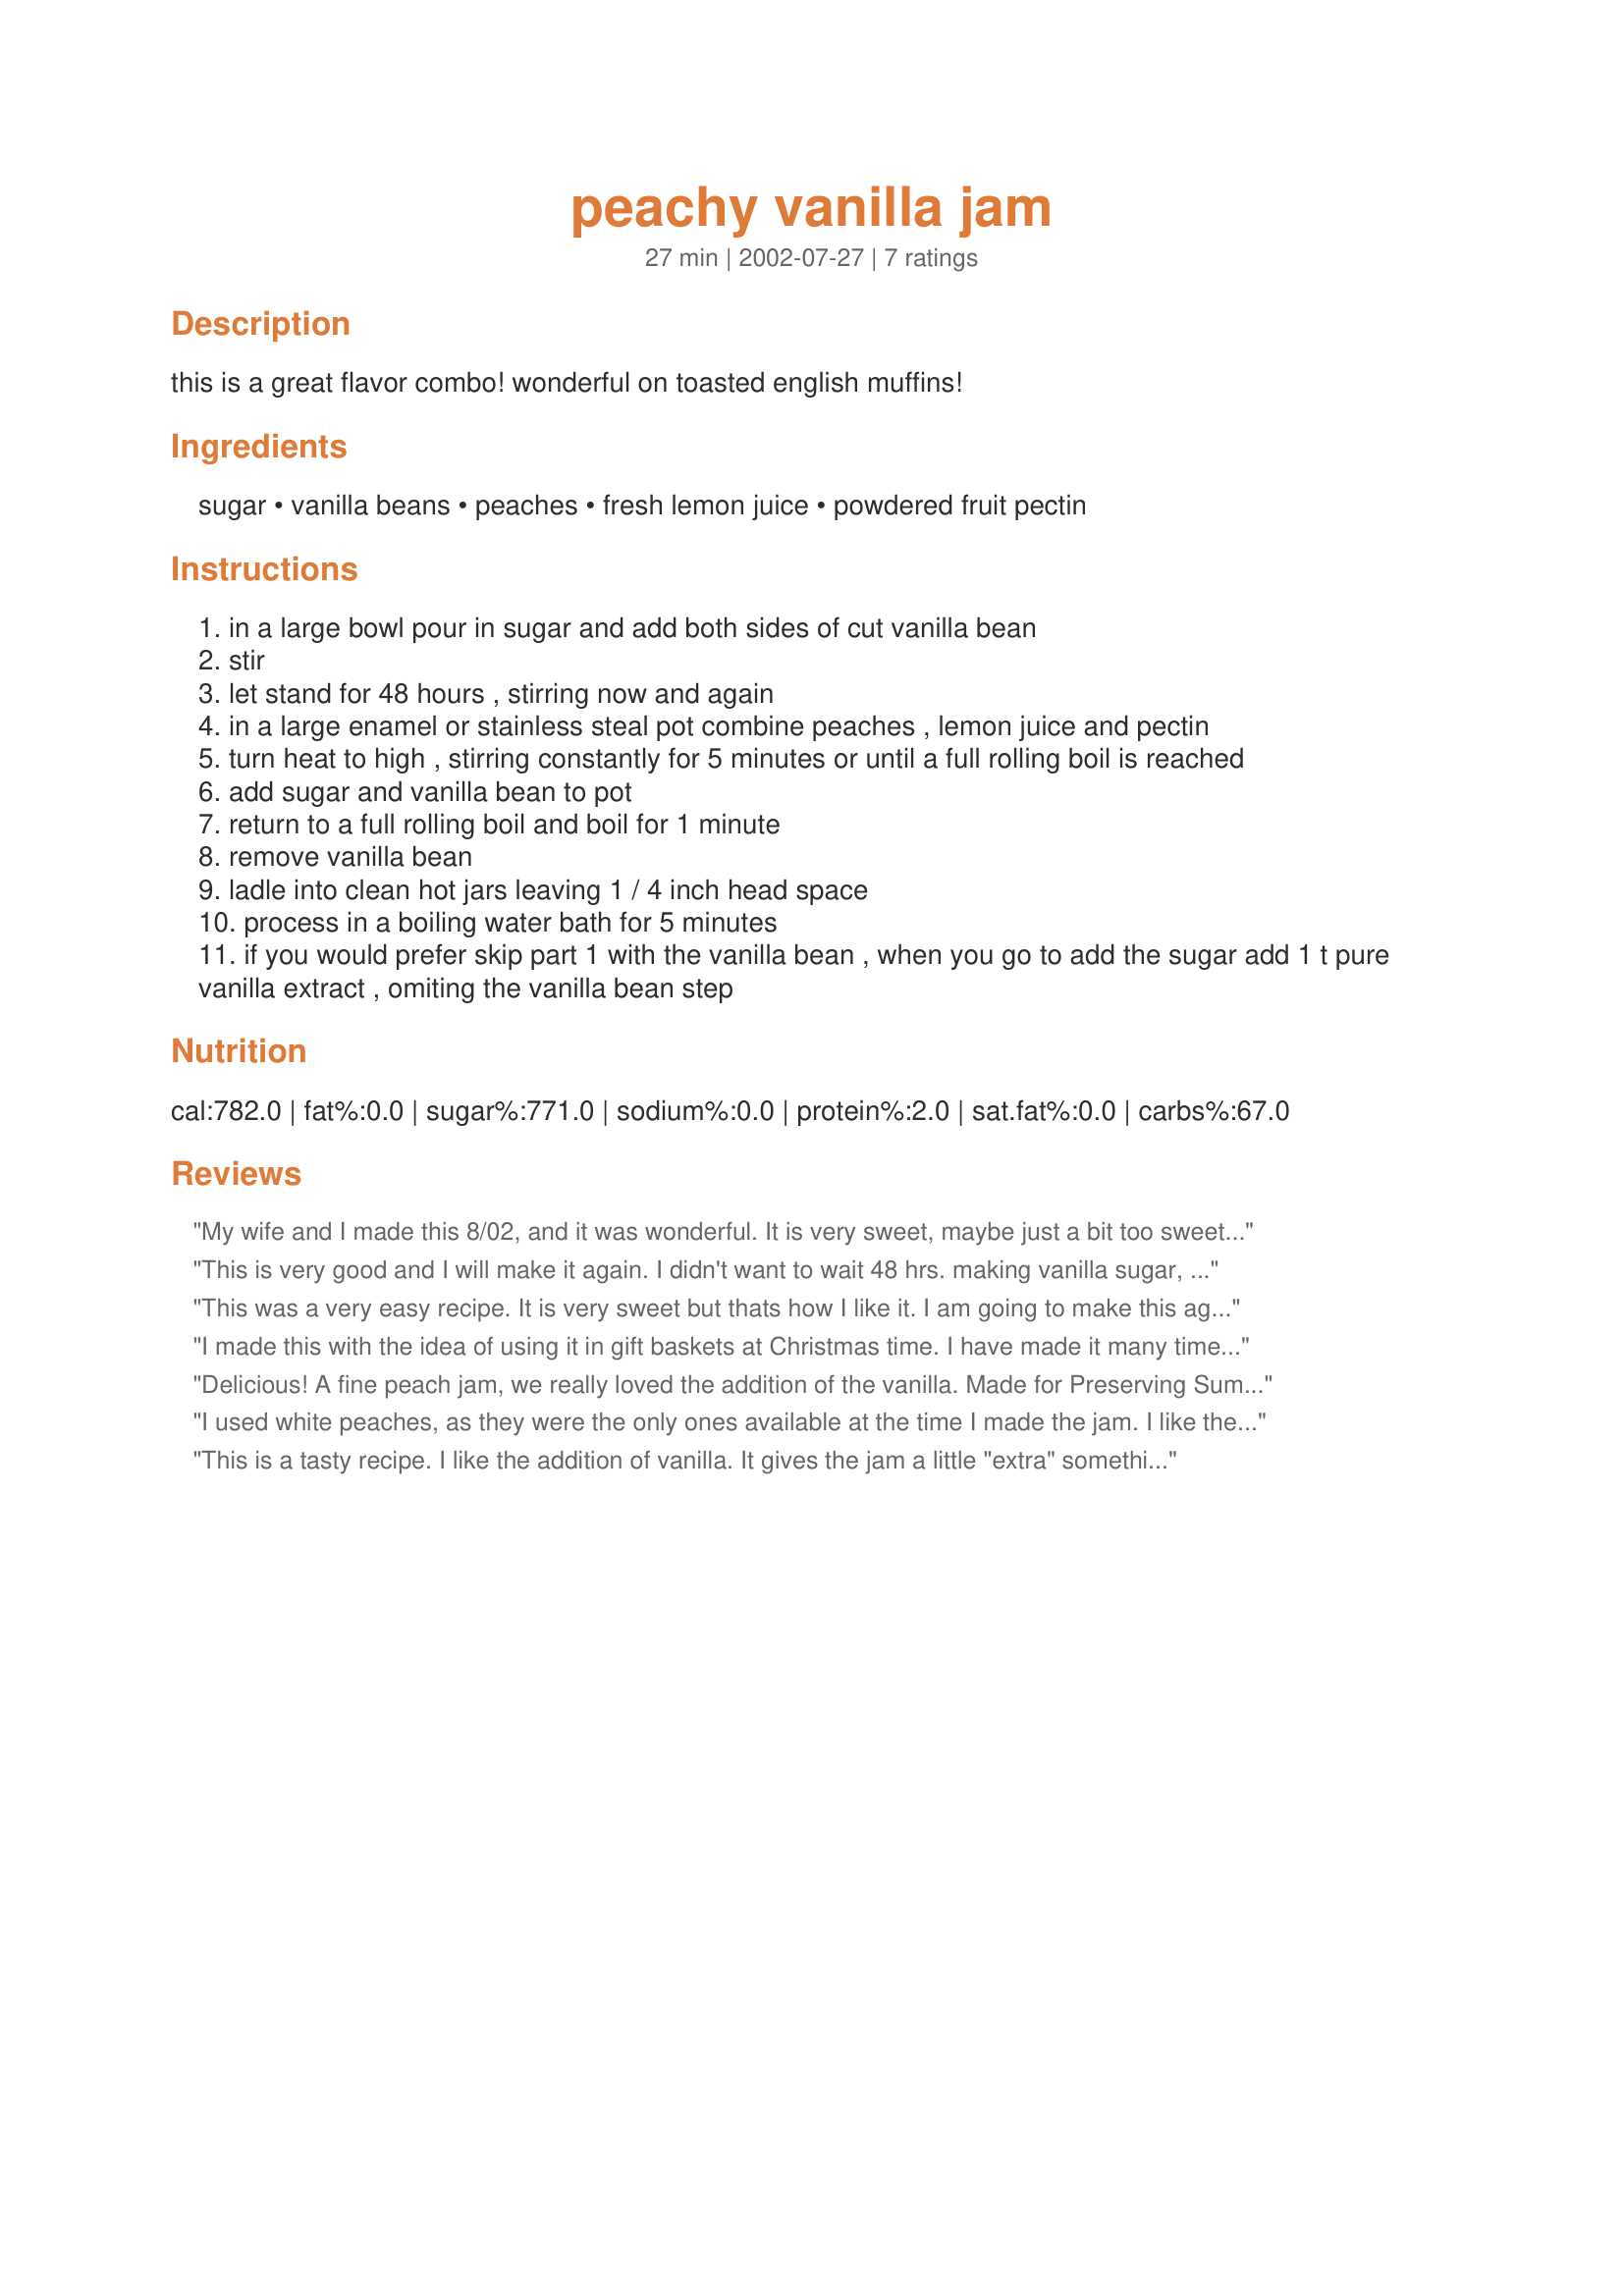
peachy vanilla jam
Preparation time: 27 minutes

this is a great flavor combo! wonderful on toasted english muffins!

Ingredients:
sugar, vanilla beans, peaches, fresh lemon juice, powdered fruit pectin

Steps:
in a large bowl pour in sugar and add both sides of cut vanilla bean
stir
let stand for 48 hours , stirring now and again
in a large enamel or stainless steal pot combine peaches , lemon juice and pectin
turn heat to high , stirring constantly for 5 minutes or until a full rolling boil is reached
add sugar and vanilla bean to pot
return to a full rolling boil and boil for 1 minute
remove vanilla bean
ladle into clean hot jars leaving 1 / 4 inch head space
process in a boiling water bath for 5 minutes
if you would prefer skip part 1 with the vanilla bean , when you go to add the sugar add 1 t pure vanilla extract , omiting the vanilla bean step

Reviews:
My wife and I made this 8/02, and it was wonderful. It is very sweet, maybe just a bit too sweet, but tasted very nice. It was easy to make (although we only used vanilla extract, skipping steps 1-3) and we will surely make and can this again.
This is very good and I will make it again. I didn't want to wait 48 hrs. making vanilla sugar, so I just added the bean to the boiling ingredients with good result. I do however, find it overly sweet and think it would be good on vanilla ice-cream.
This was a very easy recipe. It is very sweet but thats how I like it. I am going to make this again this weekend so I'll have it this winter. Thanks for the recipe.
I made this with the idea of using it in gift baskets at Christmas time. I have made it many times since. My kids give this to their teachers at Halloween (because of the color)...now the teachers at the elementary school 'fight' about who will have them in their class the following year. Thanks for a GREAT recipe!!
Delicious! A fine peach jam, we really loved the addition of the vanilla. Made for Preserving Summer Memories in the photos forum. Thanks Di!
I used white peaches, as they were the only ones available at the time I made the jam. I like the addition of the vanilla. I might cut down a bit on the sugar next time--most of my other peach jam recipes call for a half of a cup less than this one. I was quite concerned, though, as to whether this jam would ever set up. It took over two weeks, but it finally did set. I will make this recipe again, hopefully with "yellow" peaches.
This is a tasty recipe. I like the addition of vanilla. It gives the jam a little "extra" something. It's a nice change from just plain peach jam.
